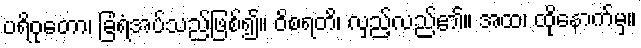
ပရိဝုတော၊ ခြံရံအပ်သည်ဖြစ်၍။ ဝိစရတိ၊ လှည့်လည်၏။ အထ၊ ထိုနောက်မှ။